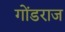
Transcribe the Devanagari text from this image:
गोंडराज